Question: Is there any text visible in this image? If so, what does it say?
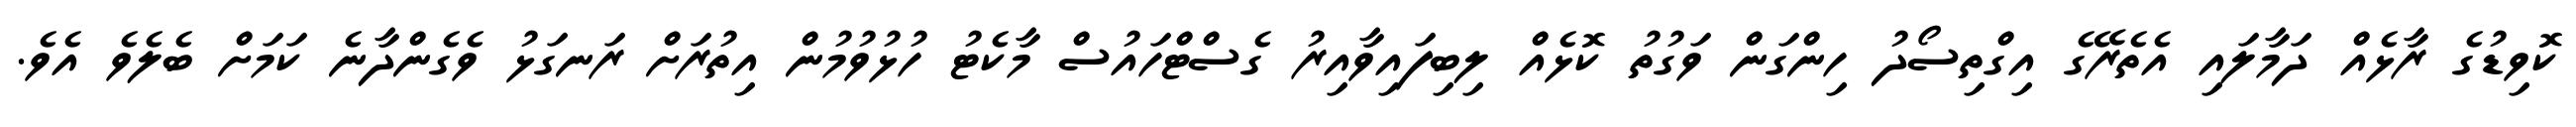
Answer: ކޮވިޑުގެ ރާޅެއް ދަމާލައި އެތެރޭގެ އިގްތިސޯދު ހިންގަން ވަގުތު ކޮޅެއް ލިބިފައިވާއިރު ގެސްޓްހައުސް މާކެޓު ހުޅުވުމުން އިތުރަށް ރަނގަޅު ވެގެންދާނެ ކަމަށް ބެލެވެ އެވެ.